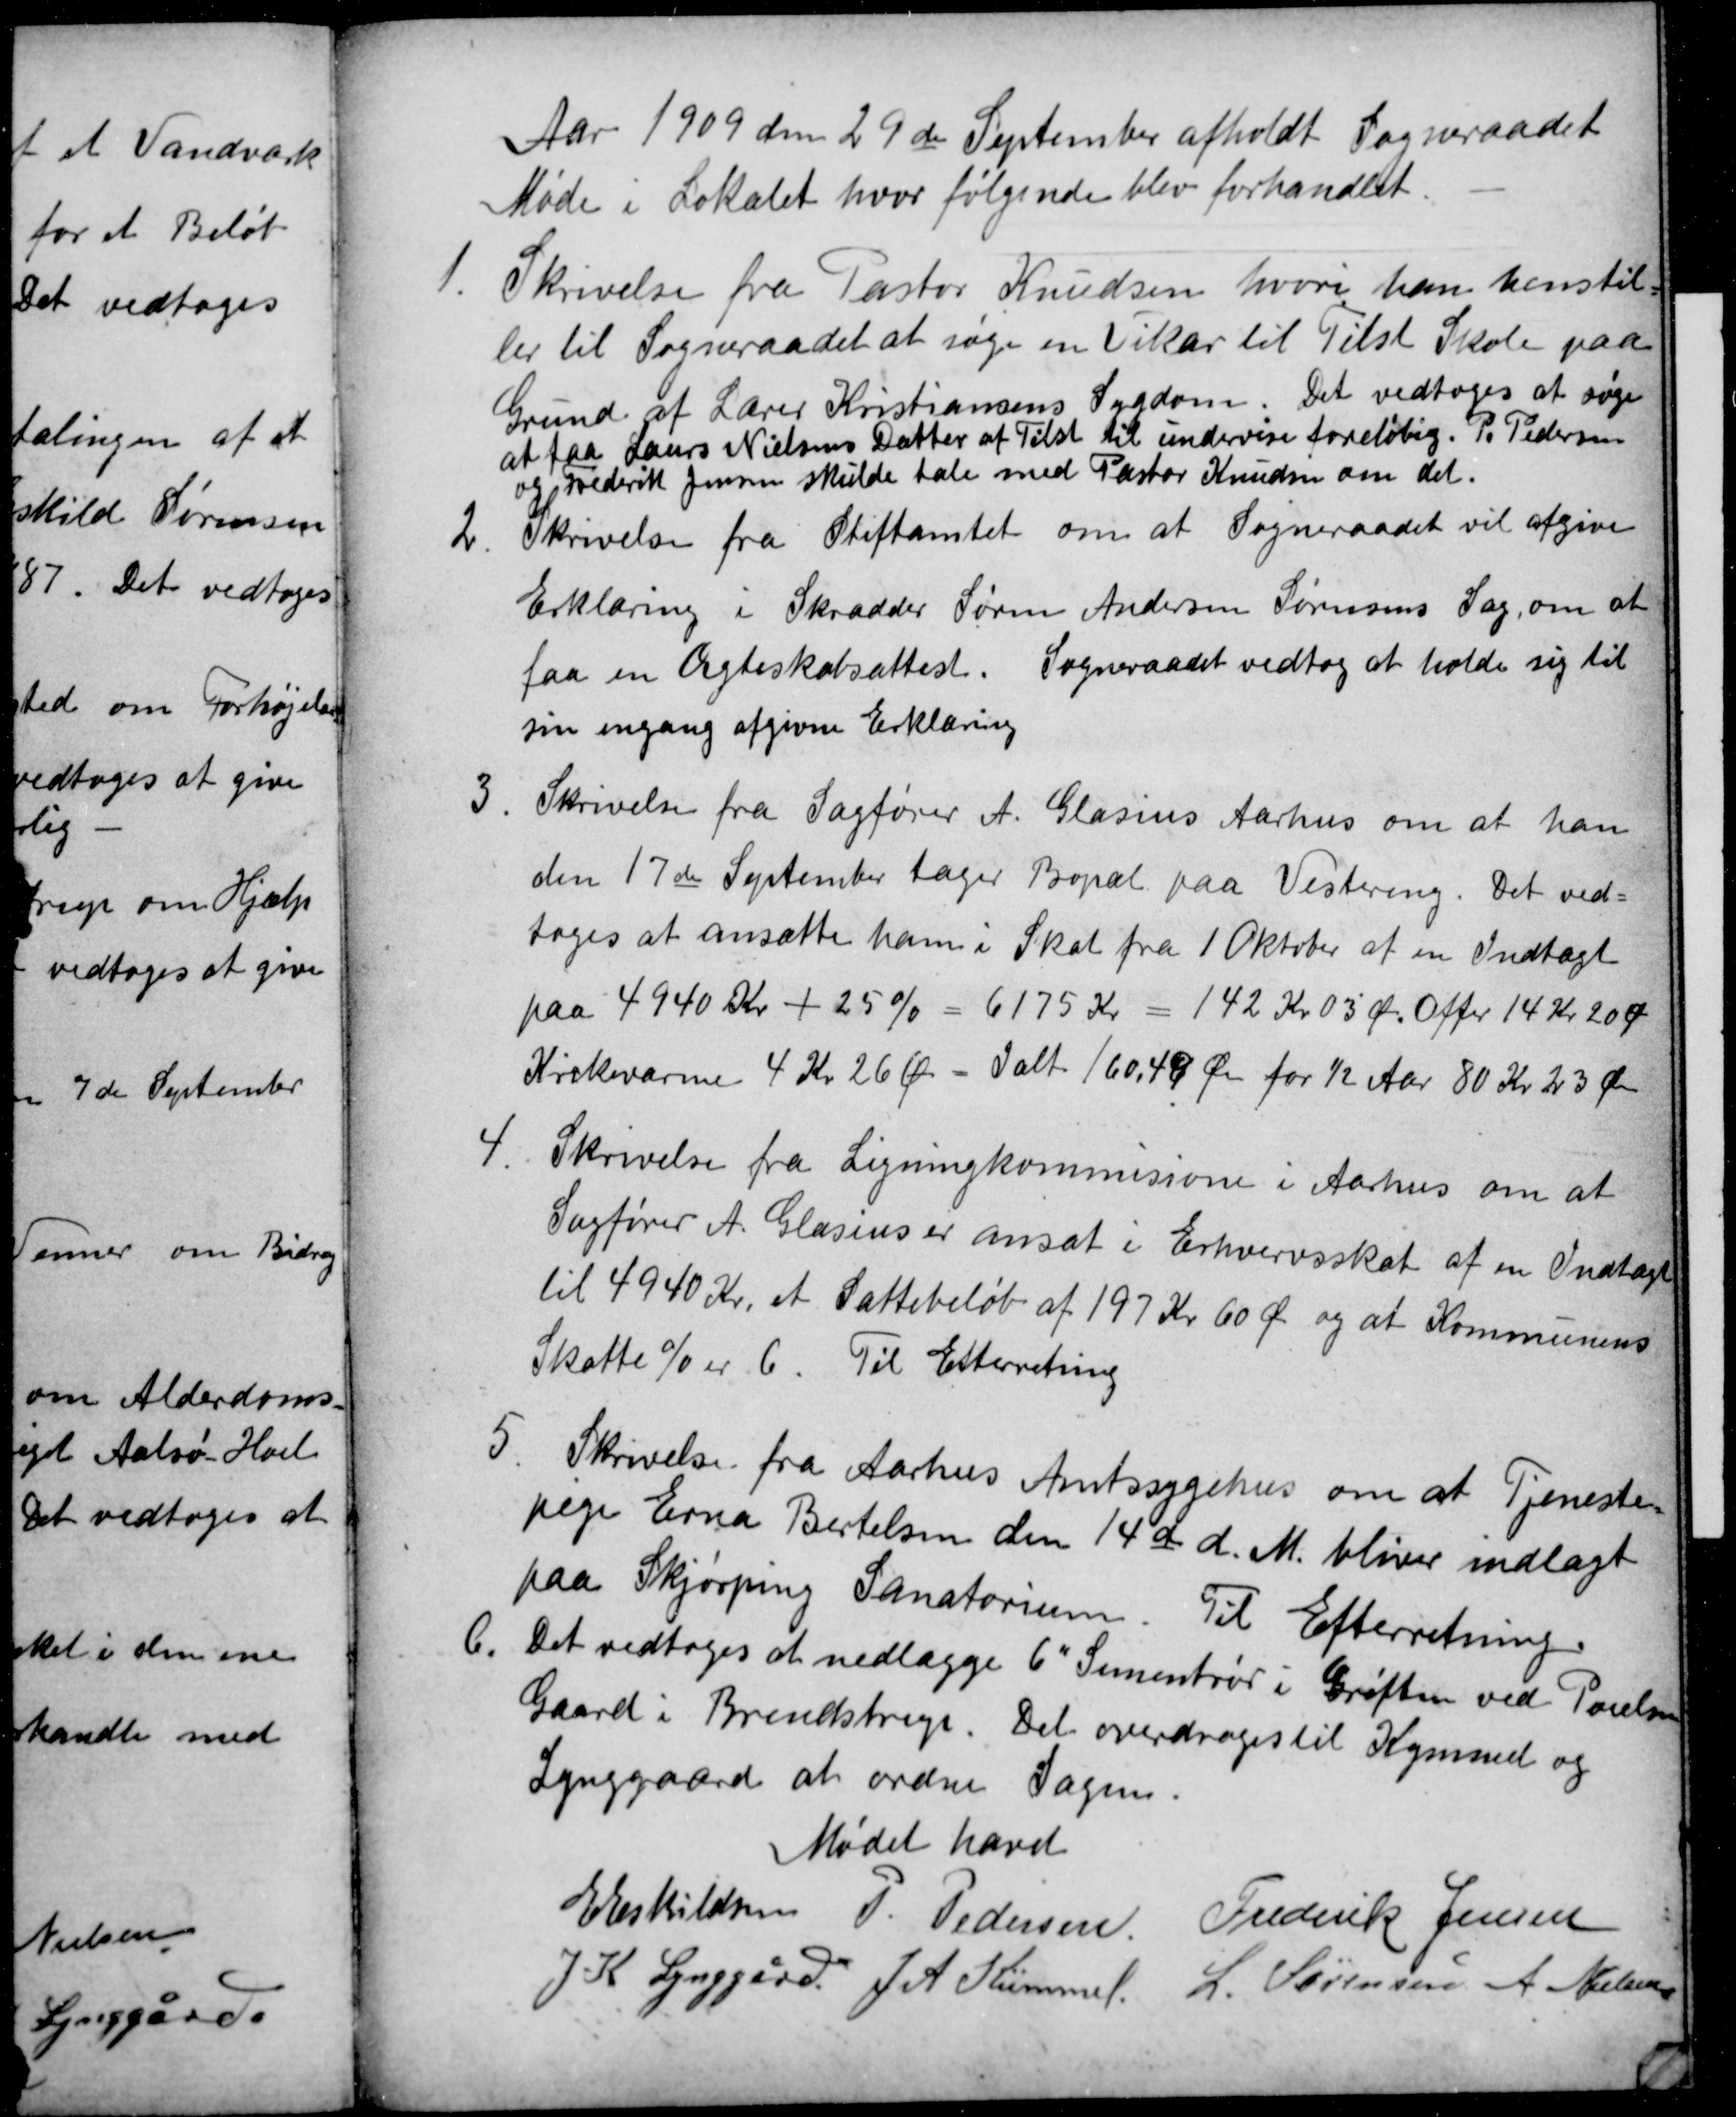
Transskription:
Aar 1909 den 29de September afholdt Sogneraadet
Møde i Lokalet hvor følgende blev forhandlet.
1
Skrivelse fra Pastor Knudsen, hvori han henstil-
ler til Sogneraadet at søge en Vikar til Tilst Skole paa
Grund af Lærer Kristiansens Sygdom. Det vedtoges at søge
at faa Laurs Nielsens Datter af Tilst til undervise foreløbig. P. Pedersen
og Frederik Jensen skulde tale med Pastor Knudsen om det.
2
Skrivelse fra Stiftamtet om at Sogneraadet vil afgive
Erklæring i Skrædder Søren Andersen Sørensens Sag, om at
faa en Ægteskabsattest. Sogneraadet vedtog at holde sig til
sin engang afgivne Erklæring
3
Skrivelse fra Sagfører A. Glasius Aarhus om at han
den 17de September tager Bopæl paa Vestereng. Det ved=
toges at ansætte ham i Skat fra 1 Oktober af en Indtægt
paa 4940 Kr + 25 % = 6175 Kr = 142 Kr 03 Øre Offer 14 Kr 20 Ør
Kirkevarme 4 Kr 26 Øre = Ialt 160,49 Øre for ½ Aar 80 Kr 23 Øre
4.
Skrivelse fra Ligningkommisione i Aarhus om at 
Sagfører A. Glasius er ansat i Erhvervsskat af en Indtægt
til 4940 Kr. et Sattebeløb af 197Kr 60 Ø og at Kommunens
Skatte % er 6. Til Efterretning
5
Skrivelse fra Aarhus Amtssygehus om at Tjeneste=
pige Erna Bertelsen den 14de d. M. bliver indlagt
paa Skjørping Sanatorium. Til Efterretning.
6.
Det vedtoges at nedlægge 6" Sementrør i Grøften ved Poulsens
Gaard i Brendstrup. Det overdroges til Kümmel og
Lynggaard at ordne Sagen.
Mødet hævet
E Eskildsen P. Pedersen Frederik Jensen
J. K. Lynggård, J A Kümmel. L. Sørensen A Nielsen